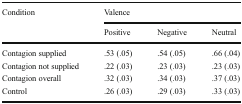
<table><thead><tr><td rowspan="2"><b>Condition</b></td><td colspan="3"><b>Valence</b></td></tr><tr><td><b>Positive</b></td><td><b>Negative</b></td><td><b>Neutral</b></td></tr></thead><tbody><tr><td>Contagion supplied</td><td>.53 (.05)</td><td>.54 (.05)</td><td>.66 (.04)</td></tr><tr><td>Contagion not supplied</td><td>.22 (.03)</td><td>.23 (.03)</td><td>.23 (.03)</td></tr><tr><td>Contagion overall</td><td>.32 (.03)</td><td>.34 (.03)</td><td>.37 (.03)</td></tr><tr><td>Control</td><td>.26 (.03)</td><td>.29 (.03)</td><td>.33 (.03)</td></tr></tbody></table>